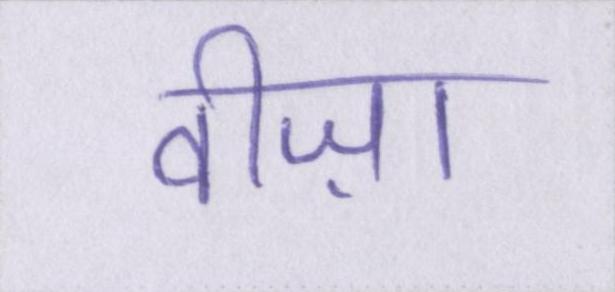
वीज़ा